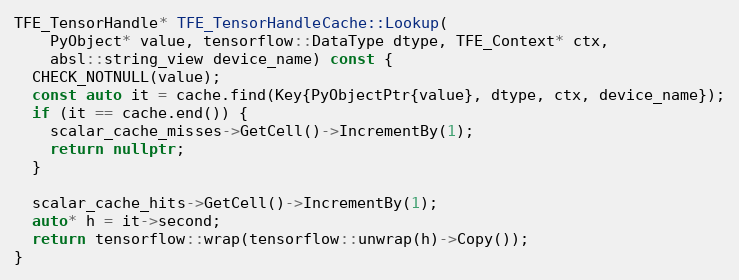
Language: C++
TFE_TensorHandle* TFE_TensorHandleCache::Lookup(
    PyObject* value, tensorflow::DataType dtype, TFE_Context* ctx,
    absl::string_view device_name) const {
  CHECK_NOTNULL(value);
  const auto it = cache.find(Key{PyObjectPtr{value}, dtype, ctx, device_name});
  if (it == cache.end()) {
    scalar_cache_misses->GetCell()->IncrementBy(1);
    return nullptr;
  }

  scalar_cache_hits->GetCell()->IncrementBy(1);
  auto* h = it->second;
  return tensorflow::wrap(tensorflow::unwrap(h)->Copy());
}